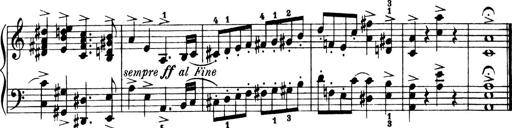
Title: 4 Sonatines
Composer: Max Reger